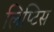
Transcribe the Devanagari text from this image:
लिप्टिस